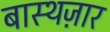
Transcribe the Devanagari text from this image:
बास्थज़ार